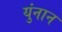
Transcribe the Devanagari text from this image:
युंनान